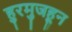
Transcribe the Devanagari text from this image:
हुरमुजहून